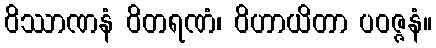
ဝိဿာဏနံ ဝိတရဏံ၊ ဝိဟာယိတာ ပဝဇ္ဇနံ။